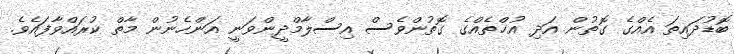
ބޮޑުދައިތަ އެއްގެ ގޮތުން އަދި އުޚްތެއްގެ ގޮތުންވެސް އިސްލާމްދީންވަނީ އަންހެނުން މާތް ކުރައްވާފައެވެ.